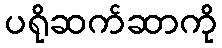
ပရိုဆက်ဆာကို